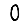
Digit: 0